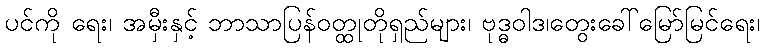
ပင်ကို ရေး၊ အမှီးနှင့် ဘာသာပြန်ဝတ္ထုတိုရှည်များ၊ ဗုဒ္ဓဝါဒ၊တွေးခေါ်မြော်မြင်ရေး၊